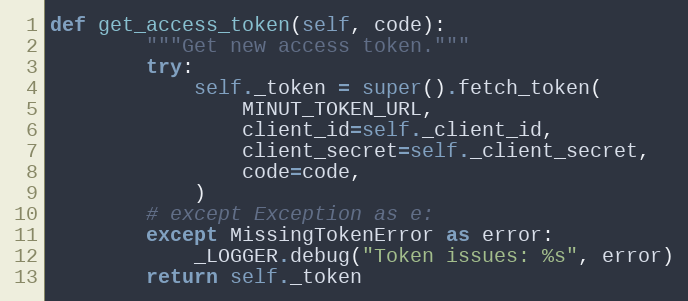
Language: Python
def get_access_token(self, code):
        """Get new access token."""
        try:
            self._token = super().fetch_token(
                MINUT_TOKEN_URL,
                client_id=self._client_id,
                client_secret=self._client_secret,
                code=code,
            )
        # except Exception as e:
        except MissingTokenError as error:
            _LOGGER.debug("Token issues: %s", error)
        return self._token